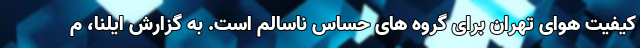
کیفیت هوای تهران برای گروه های حساس ناسالم است. به گزارش ایلنا، م